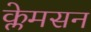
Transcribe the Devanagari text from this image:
क्लेमसन